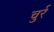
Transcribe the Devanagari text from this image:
चुर्र